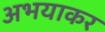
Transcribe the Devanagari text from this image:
अभयाकर